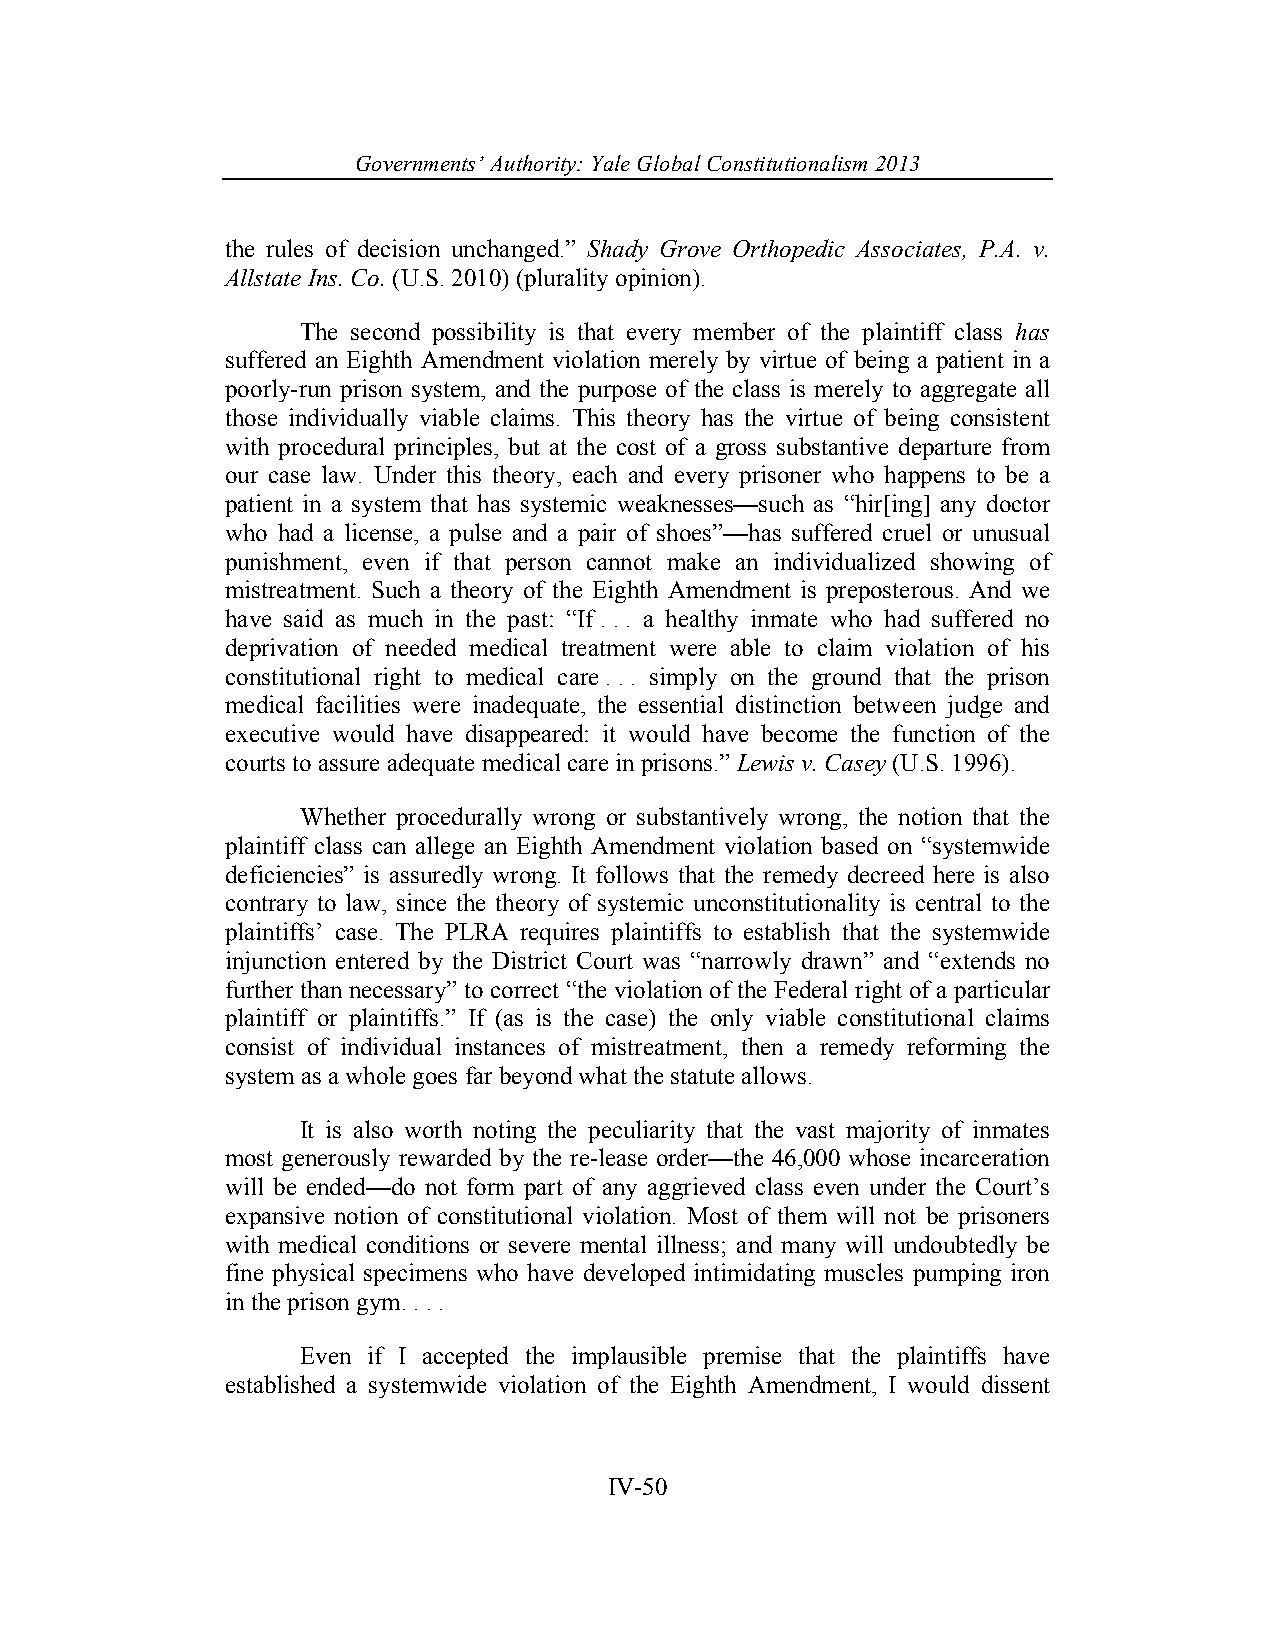
Governments’ Authority: Yale Global Constitutionalism 2013
 the rules of decision unchanged.” Shady Grove Orthopedic Associates, P.A. v.
 Allstate Ins. Co. (U.S. 2010) (plurality opinion).
 The second possibility is that every member of the plaintiff class has
 suffered an Eighth Amendment violation merely by virtue of being a patient in a
 poorly-run prison system, and the purpose of the class is merely to aggregate all
 those individually viable claims. This theory has the virtue of being consistent
 with procedural principles, but at the cost of a gross substantive departure from
 our case law. Under this theory, each and every prisoner who happens to be a
 patient in a system that has systemic weaknesses—such as “hir[ing] any doctor
 who had a license, a pulse and a pair of shoes”—has suffered cruel or unusual
 punishment, even if that person cannot make an individualized showing of
 mistreatment. Such a theory of the Eighth Amendment is preposterous. And we
 have said as much in the past: “If . . . a healthy inmate who had suffered no
 deprivation of needed medical treatment were able to claim violation of his
 constitutional right to medical care . . . simply on the ground that the prison
 medical facilities were inadequate, the essential distinction between judge and
 executive would have disappeared: it would have become the function of the
 courts to assure adequate medical care in prisons.” Lewis v. Casey (U.S. 1996).
 Whether procedurally wrong or substantively wrong, the notion that the
 plaintiff class can allege an Eighth Amendment violation based on “systemwide
 deficiencies” is assuredly wrong. It follows that the remedy decreed here is also
 contrary to law, since the theory of systemic unconstitutionality is central to the
 plaintiffs’ case. The PLRA requires plaintiffs to establish that the systemwide
 injunction entered by the District Court was “narrowly drawn” and “extends no
 further than necessary” to correct “the violation of the Federal right of a particular
 plaintiff or plaintiffs.” If (as is the case) the only viable constitutional claims
 consist of individual instances of mistreatment, then a remedy reforming the
 system as a whole goes far beyond what the statute allows.
 It is also worth noting the peculiarity that the vast majority of inmates
 most generously rewarded by the re-lease order—the 46,000 whose incarceration
 will be ended—do not form part of any aggrieved class even under the Court’s
 expansive notion of constitutional violation. Most of them will not be prisoners
 with medical conditions or severe mental illness; and many will undoubtedly be
 fine physical specimens who have developed intimidating muscles pumping iron
 in the prison gym. . . .
 Even if I accepted the implausible premise that the plaintiffs have
 established a systemwide violation of the Eighth Amendment, I would dissent
 IV-50